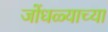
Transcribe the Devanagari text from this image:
जोंधळ्याच्या